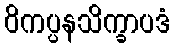
ဝိကပ္ပနသိက္ခာပဒံ